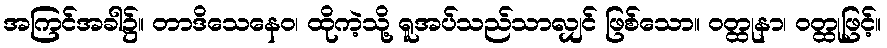
အကြင်အခါ၌။ တာဒိသေနေဝ၊ ထိုကဲ့သို့ ရူအပ်သည်သာလျှင် ဖြစ်သော။ ဝတ္ထုနာ၊ ဝတ္ထုဖြင့်။